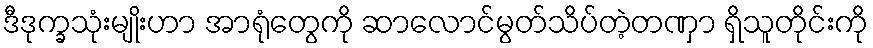
ဒီဒုက္ခသုံးမျိုးဟာ အာရုံတွေကို ဆာလောင်မွတ်သိပ်တဲ့တဏှာ ရှိသူတိုင်းကို